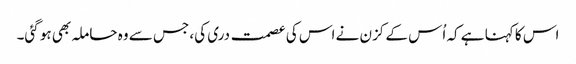
اس کا کہنا ہے کہ اُس کے کزن نے اس کی عصمت دری کی، جس سے وہ حاملہ بھی ہو گئی۔